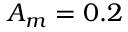
A _ { m } = 0 . 2